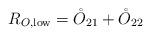
LaTeX: \begin{align*}R_{O,{\rm low}} = \mathring O_{21} + \mathring O_{22}\end{align*}